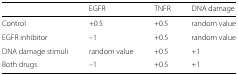
|  | EGFR | TNFR | DNA damage |
 | --- | --- | --- | --- |
 | Control | +0.5 | +0.5 | random value |
 | EGFR inhibitor | –1 | +0.5 | random value |
 | DNA damage stimuli | random value | +0.5 | +1 |
 | Both drugs | –1 | +0.5 | +1 |